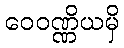
ဝေဝဏ္ဏိယမှိ